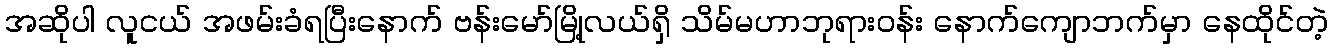
အဆိုပါ လူငယ် အဖမ်းခံရပြီးနောက် ဗန်းမော်မြို့လယ်ရှိ သိမ်မဟာဘုရားဝန်း နောက်ကျောဘက်မှာ နေထိုင်တဲ့